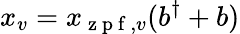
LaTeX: x_{v}={x_{\mathrm{~z~p~f~},v}}(b^{\dagger}+b)